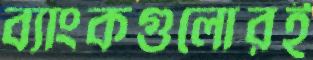
ব্যাংকগুলোরই